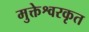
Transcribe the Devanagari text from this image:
मुक्तेश्वरकृत